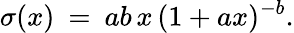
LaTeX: \sigma(x)\: =\: ab\, x\, (1+ax)^{-b}.